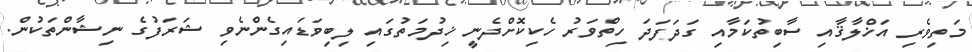
މަތިވެރި އަޚްލާޤާއި ސާބިތުކަމާއި ގަދަފަދަ ހިތްވަރު ހެކިކޮށްދެނީ ޚިދުމަތުގައި ލިބިވަޑައިގެންނެވި ޝަރަފުގެ ނިޝާންތަކުން.